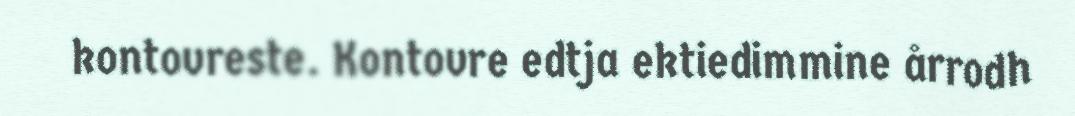
kontovreste. Kontovre edtja ektiedimmine årrodh